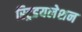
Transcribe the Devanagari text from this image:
स्ट्रिडयलेशन